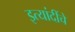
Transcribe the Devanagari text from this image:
इत्यांदींचे